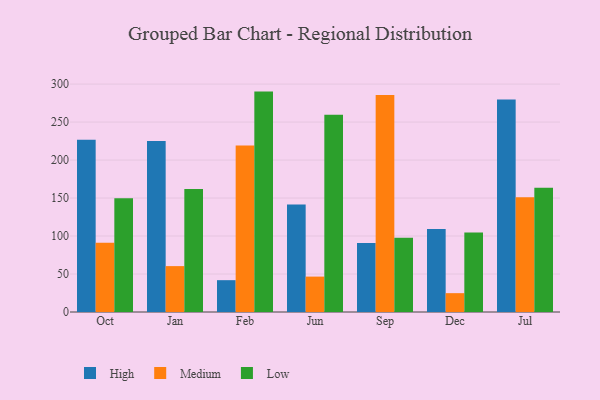
{"axis": {"x": "Month", "y": "Backlog"}, "legend": ["High", "Low", "Medium"], "data": [{"x": "Oct", "y": 226.6, "type": "High"}, {"x": "Oct", "y": 91.3, "type": "Medium"}, {"x": "Oct", "y": 149.6, "type": "Low"}, {"x": "Jan", "y": 225.1, "type": "High"}, {"x": "Jan", "y": 60.4, "type": "Medium"}, {"x": "Jan", "y": 161.9, "type": "Low"}, {"x": "Feb", "y": 41.9, "type": "High"}, {"x": "Feb", "y": 219.3, "type": "Medium"}, {"x": "Feb", "y": 290.1, "type": "Low"}, {"x": "Jun", "y": 141.4, "type": "High"}, {"x": "Jun", "y": 46.6, "type": "Medium"}, {"x": "Jun", "y": 259.5, "type": "Low"}, {"x": "Sep", "y": 90.7, "type": "High"}, {"x": "Sep", "y": 285.7, "type": "Medium"}, {"x": "Sep", "y": 97.7, "type": "Low"}, {"x": "Dec", "y": 109.4, "type": "High"}, {"x": "Dec", "y": 24.8, "type": "Medium"}, {"x": "Dec", "y": 104.8, "type": "Low"}, {"x": "Jul", "y": 279.7, "type": "High"}, {"x": "Jul", "y": 150.9, "type": "Medium"}, {"x": "Jul", "y": 163.7, "type": "Low"}]}